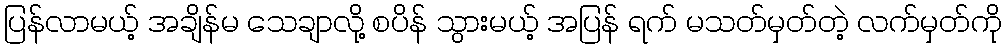
ပြန်လာမယ့် အချိန်မ သေချာလို့ စပိန် သွားမယ့် အပြန် ရက် မသတ်မှတ်တဲ့ လက်မှတ်ကို